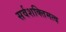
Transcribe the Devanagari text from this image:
सर्वशक्तिमत्व